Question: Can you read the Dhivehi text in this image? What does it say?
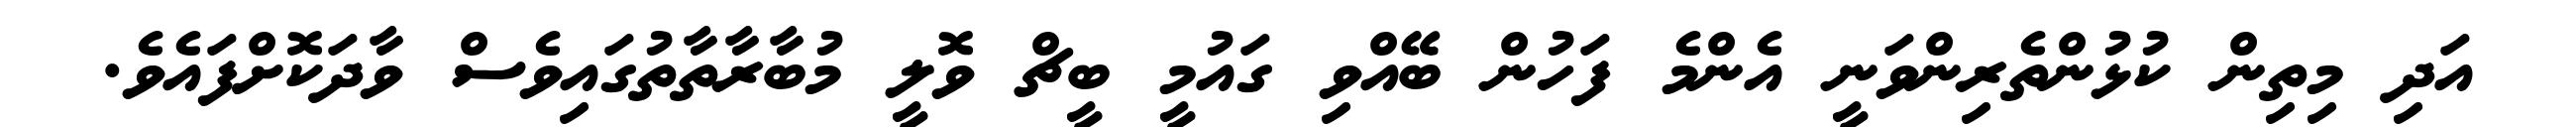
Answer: އަދި މިތިން ކުޅުންތެރިންވަނީ އެންމެ ފަހުން ބޭއްވި ގައުމީ ބީޗް ވޮލީ މުބާރާތާތުގައިވެސް ވާދަކޮށްފައެވެ.